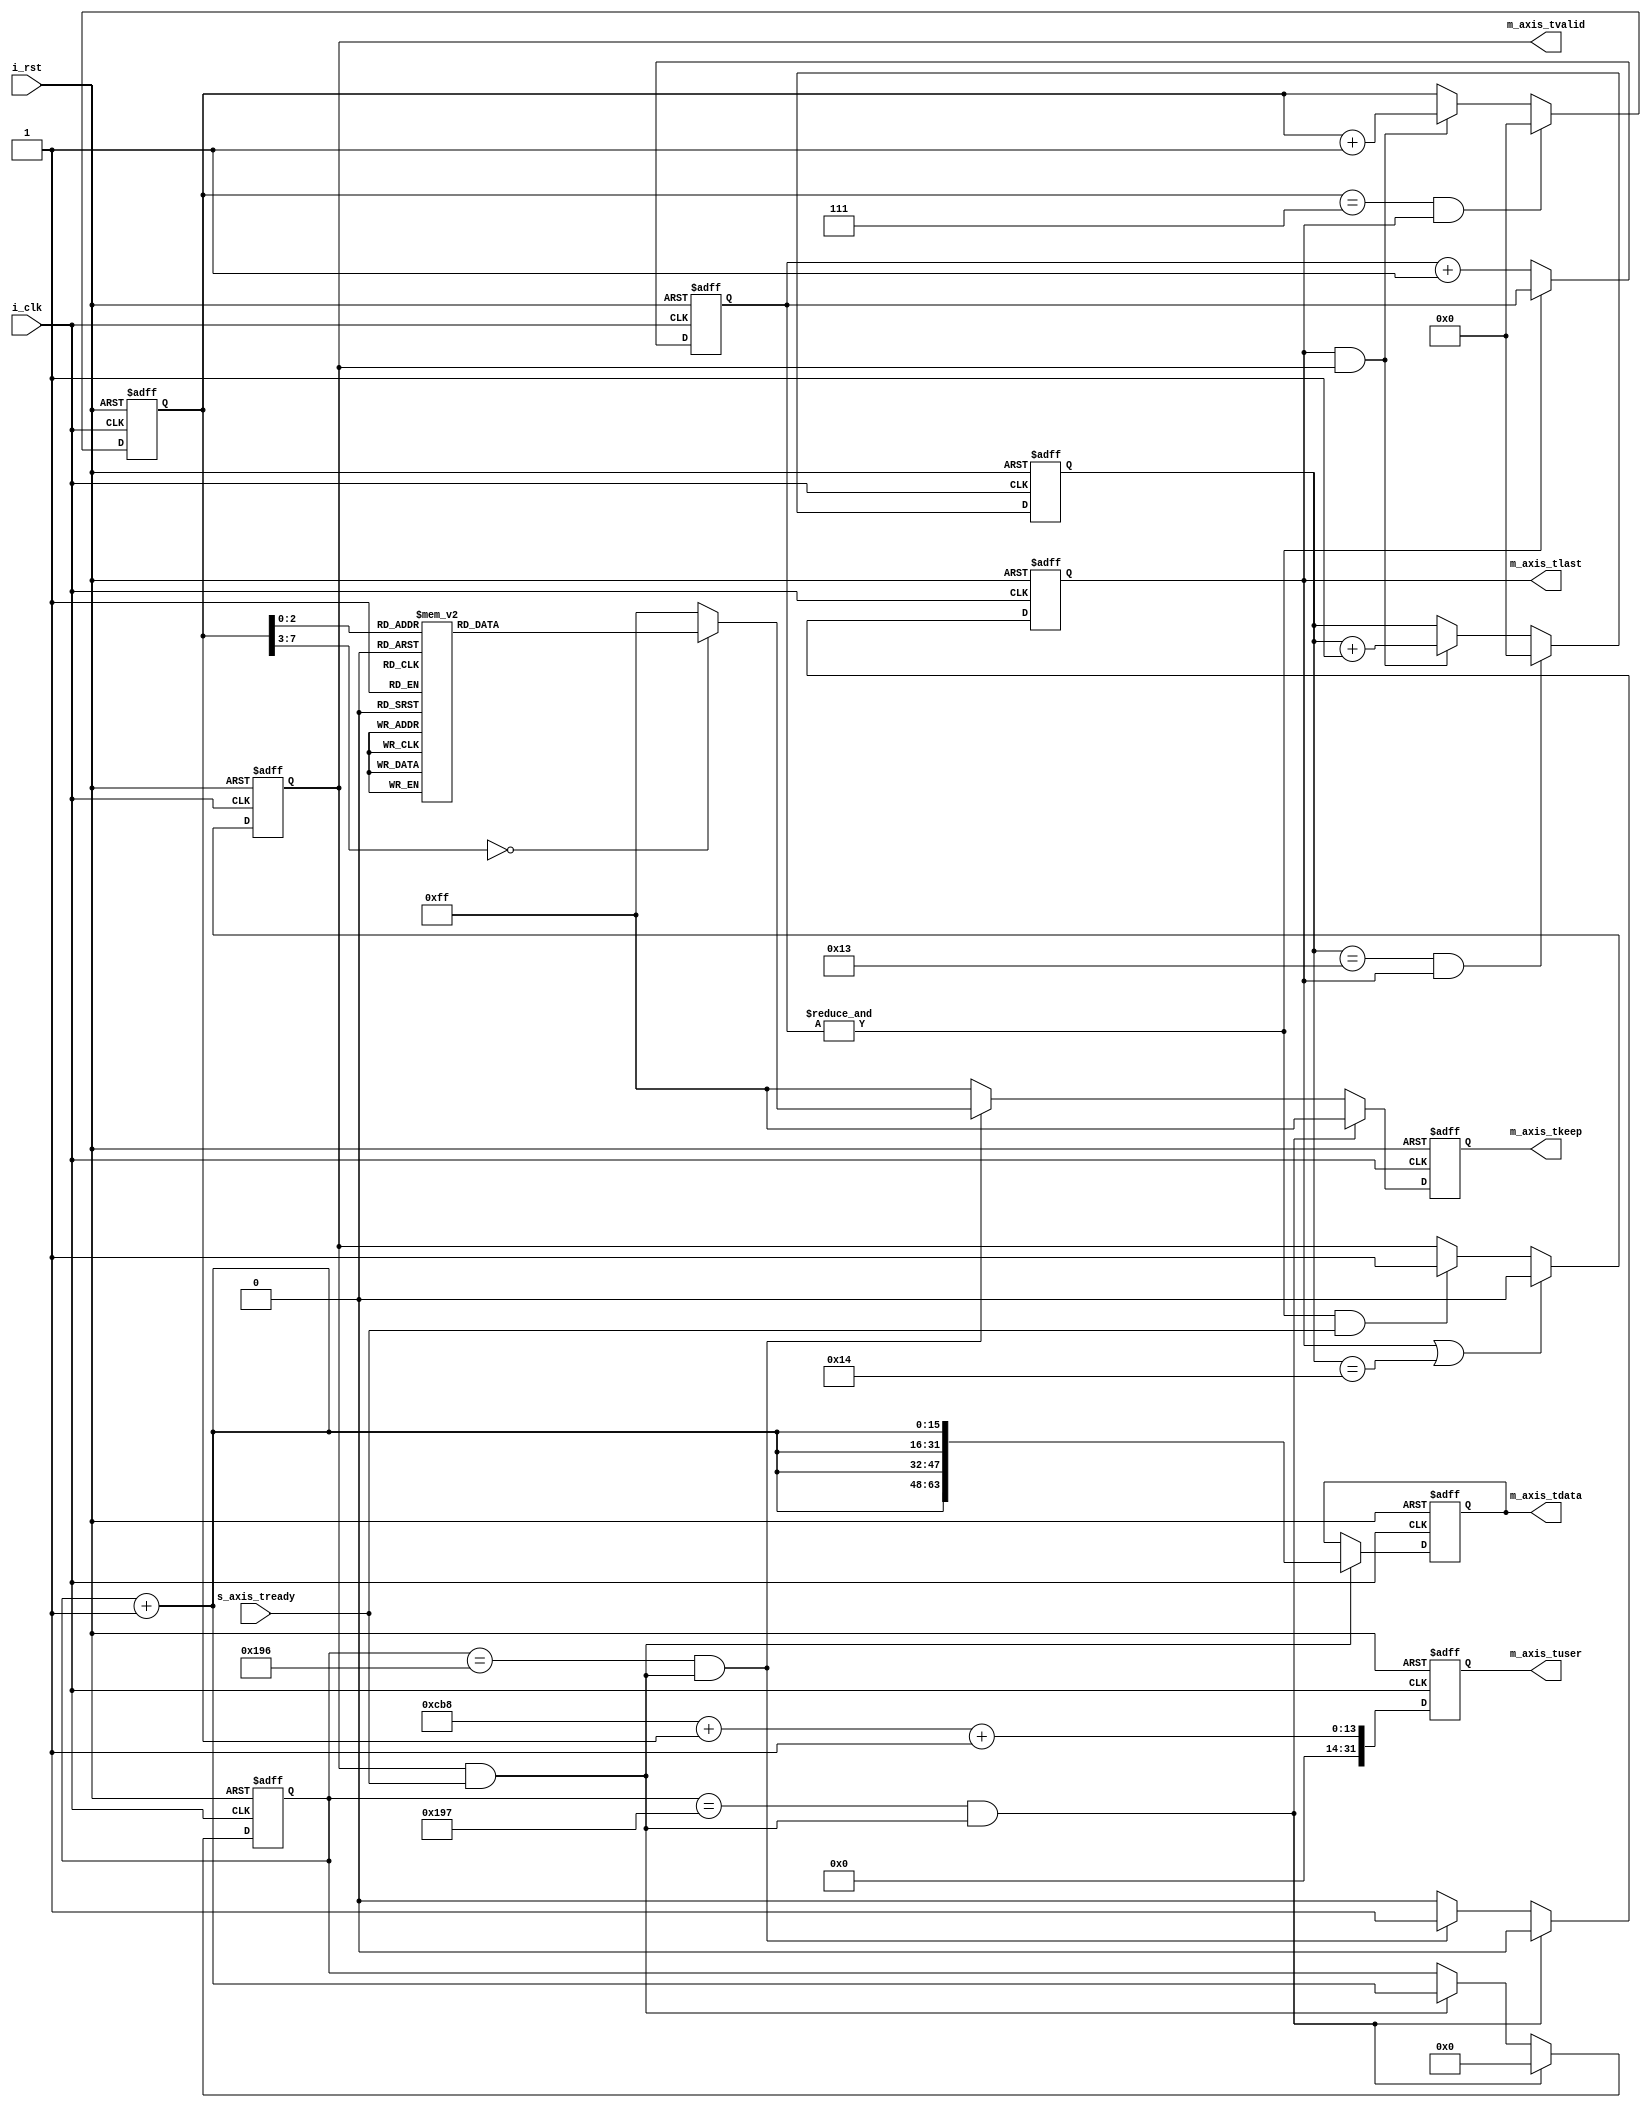
`timescale 1ns / 1ps
//////////////////////////////////////////////////////////////////////////////////
// Company: 
// Engineer: 
// 
// Design Name: 
// Module Name: AXIS_test_module
// Project Name: 
// Target Devices: 
// Tool Versions: 
// Description: 
// 
// Dependencies: 
// 
// Revision:
// Revision 0.01 - File Created
// Additional Comments:
// 
//////////////////////////////////////////////////////////////////////////////////


module AXIS_test_module#(
    parameter P_SEND_PKT_LEN = 16'd408
)(
    input           i_clk   ,
    input           i_rst   ,

    output [63:0]   m_axis_tdata        ,
    // output [79:0]   m_axis_tuser        ,
    output [31:0]   m_axis_tuser        ,
    output [7 :0]   m_axis_tkeep        ,
    output          m_axis_tlast        ,
    output          m_axis_tvalid       ,
    input           s_axis_tready       
);

localparam      P_SEND_LEN = P_SEND_PKT_LEN;
localparam      P_SEND_PKT_NUM = 20;

reg  [63:0]     rm_axis_tdata     ;
reg  [79:0]     rm_axis_tuser     ;
reg  [7 :0]     rm_axis_tkeep     ;
reg             rm_axis_tlast     ;
reg             rm_axis_tvalid    ;

reg  [11:0]      r_init_cnt      ;
reg  [15:0]     r_send_cnt      ;
reg  [7 :0]     r_pkt_cnt       ;

reg  [7 :0]     r_pkt_num_cnt;

wire w_axis_active  ;
wire [15:0] w_byte_len ;
assign w_byte_len = 8 * (P_SEND_LEN - 1) + r_pkt_cnt + 1;

assign w_axis_active = rm_axis_tvalid & s_axis_tready;

assign m_axis_tdata  = rm_axis_tdata  ;
assign m_axis_tuser  = rm_axis_tuser  ;
assign m_axis_tkeep  = rm_axis_tkeep  ;
assign m_axis_tlast  = rm_axis_tlast  ;
assign m_axis_tvalid = rm_axis_tvalid ;



always @(posedge i_clk or posedge i_rst) begin
    if(i_rst)
        r_pkt_num_cnt <= 'd0;
    // else if(r_pkt_num_cnt == P_SEND_PKT_NUM && rm_axis_tlast)
    //     r_pkt_num_cnt <= r_pkt_num_cnt;
    else if(r_pkt_num_cnt == P_SEND_PKT_NUM - 1 && rm_axis_tlast)
        r_pkt_num_cnt <= 'd0;
    else if(rm_axis_tlast && rm_axis_tvalid)
        r_pkt_num_cnt <= r_pkt_num_cnt + 'd1;
    else
        r_pkt_num_cnt <= r_pkt_num_cnt; 
end

always @(posedge i_clk or posedge i_rst) begin
    if(i_rst)
        r_pkt_cnt <= 'd0;
    else if(r_pkt_cnt == 7 && rm_axis_tlast)
        r_pkt_cnt <= 'd0;
    else if(rm_axis_tlast && rm_axis_tvalid)
        r_pkt_cnt <= r_pkt_cnt + 'd1;
    else
        r_pkt_cnt <= r_pkt_cnt; 
end

always @(posedge i_clk or posedge i_rst) begin
    if(i_rst)
        r_init_cnt <= 'd0;
    else if(&r_init_cnt)
        r_init_cnt <= r_init_cnt;
    else
        r_init_cnt <= r_init_cnt + 'd1;
end

always @(posedge i_clk or posedge i_rst) begin
    if(i_rst)
        rm_axis_tvalid <= 'd0;
    else if(rm_axis_tlast || (r_pkt_num_cnt == P_SEND_PKT_NUM))
        rm_axis_tvalid <= 'd0;
    else if(&r_init_cnt && s_axis_tready)
        rm_axis_tvalid <= 'd1;
    else
        rm_axis_tvalid <= rm_axis_tvalid;
end

always @(posedge i_clk or posedge i_rst) begin
    if(i_rst)
        r_send_cnt <= 'd0;
    else if(r_send_cnt == P_SEND_LEN - 1 && w_axis_active)
        r_send_cnt <= 'd0;
    else if(w_axis_active)
        r_send_cnt <= r_send_cnt + 'd1;
    else
        r_send_cnt <= r_send_cnt;
end

always @(posedge i_clk or posedge i_rst) begin
    if(i_rst)
        rm_axis_tlast <= 'd0;
    else if(r_send_cnt == P_SEND_LEN - 1 && w_axis_active)
        rm_axis_tlast <= 'd0;
    else if(r_send_cnt == P_SEND_LEN - 2 && w_axis_active)
        rm_axis_tlast <= 'd1;
    else
        rm_axis_tlast <= 'd0; 
end

always @(posedge i_clk or posedge i_rst) begin
    if(i_rst)
        rm_axis_tuser <= 'd0;
    else
        rm_axis_tuser <= {16'd0,w_byte_len};  
end

always @(posedge i_clk or posedge i_rst) begin
    if(i_rst)
        rm_axis_tdata <= 'd0;
    else if(w_axis_active)
        rm_axis_tdata <= {4{r_send_cnt + 16'd1}};
    else
        rm_axis_tdata <= rm_axis_tdata; 
end

always @(posedge i_clk or posedge i_rst) begin
    if(i_rst)
        rm_axis_tkeep <= 8'hff;
    else if(r_send_cnt == P_SEND_LEN - 1 && w_axis_active)
        rm_axis_tkeep <= 8'hff;
    else if(r_send_cnt == P_SEND_LEN - 2 && w_axis_active)
        case (r_pkt_cnt)
            7   : rm_axis_tkeep <= 8'b1111_1111;
            6   : rm_axis_tkeep <= 8'b1111_1110;
            5   : rm_axis_tkeep <= 8'b1111_1100;
            4   : rm_axis_tkeep <= 8'b1111_1000;
            3   : rm_axis_tkeep <= 8'b1111_0000;
            2   : rm_axis_tkeep <= 8'b1110_0000;
            1   : rm_axis_tkeep <= 8'b1100_0000;
            0   : rm_axis_tkeep <= 8'b1000_0000;
            default: rm_axis_tkeep <= 8'b1111_1111;
        endcase
        
    else
        rm_axis_tkeep <= 8'hff;
end


endmodule